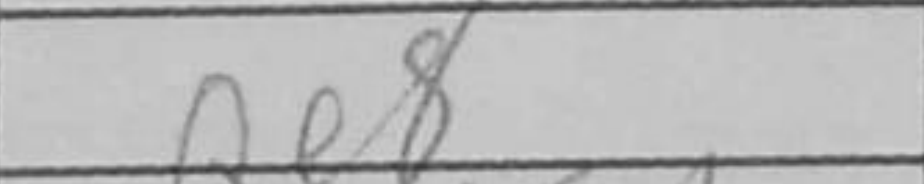
Transcription: Qe8